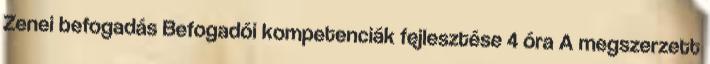
Zenei befogadás Befogadói kompetenciák fejlesztése 4 óra A megszerzett